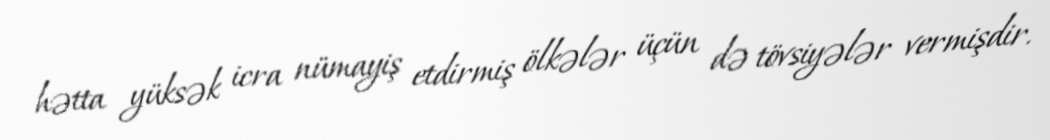
hətta yüksək icra nümayiş etdirmiş ölkələr üçün də tövsiyələr vermişdir.